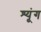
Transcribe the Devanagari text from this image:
श्यूंग